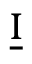
\underline { { \boldsymbol { \mathrm { I } } } }